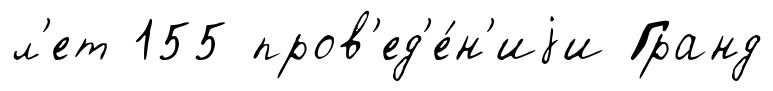
л'ет 155 пров'ед'е́н'иjи Гранд